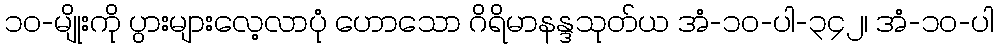
၁၀-မျိုးကို ပွားများလေ့လာပုံ ဟောသော ဂိရိမာနန္ဒသုတ်ယ အံ-၁၀-ပါ-၃၄၂၊ အံ-၁၀-ပါ